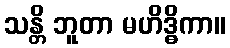
သန္တိ ဘူတာ မဟိဒ္ဓိကာ။